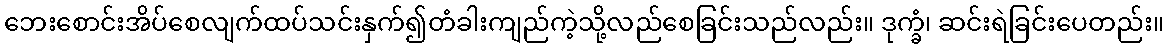
ဘေးစောင်းအိပ်စေလျက်ထပ်သင်းနှက်၍တံခါးကျည်ကဲ့သို့လည်စေခြင်းသည်လည်း။ ဒုက္ခံ၊ ဆင်းရဲခြင်းပေတည်း။